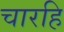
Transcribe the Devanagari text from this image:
चारहि